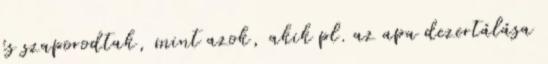
és szaporodtak, mint azok, akik pl. az apa dezertálása